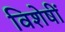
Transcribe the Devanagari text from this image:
विशेषीं